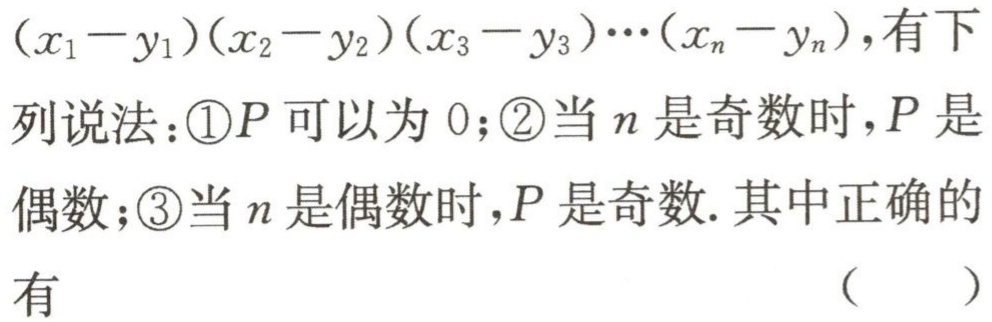
\((x_{1}-y_{1})(x_{2}-y_{2})(x_{3}-y_{3})\cdots(x_{n}-y_{n})\)，有下列说法：\textcircled{1}\(P\)可以为\(0\)；\textcircled{2}当\(n\)是奇数时，\(P\)是偶数；\textcircled{3}当\(n\)是偶数时，\(P\)是奇数. 其中正确的有 （  ）